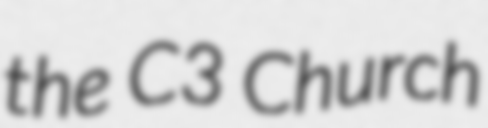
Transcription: the C3 Church